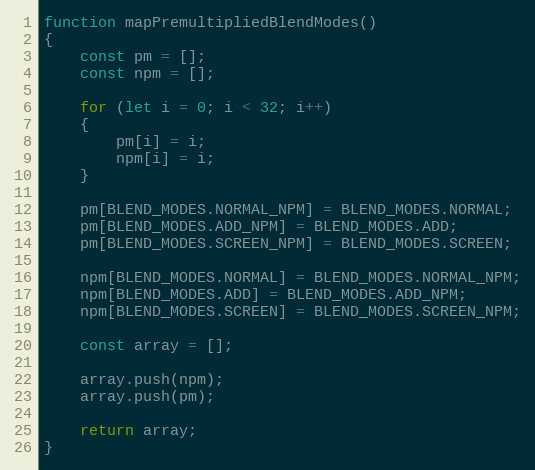
Language: JavaScript
function mapPremultipliedBlendModes()
{
    const pm = [];
    const npm = [];

    for (let i = 0; i < 32; i++)
    {
        pm[i] = i;
        npm[i] = i;
    }

    pm[BLEND_MODES.NORMAL_NPM] = BLEND_MODES.NORMAL;
    pm[BLEND_MODES.ADD_NPM] = BLEND_MODES.ADD;
    pm[BLEND_MODES.SCREEN_NPM] = BLEND_MODES.SCREEN;

    npm[BLEND_MODES.NORMAL] = BLEND_MODES.NORMAL_NPM;
    npm[BLEND_MODES.ADD] = BLEND_MODES.ADD_NPM;
    npm[BLEND_MODES.SCREEN] = BLEND_MODES.SCREEN_NPM;

    const array = [];

    array.push(npm);
    array.push(pm);

    return array;
}